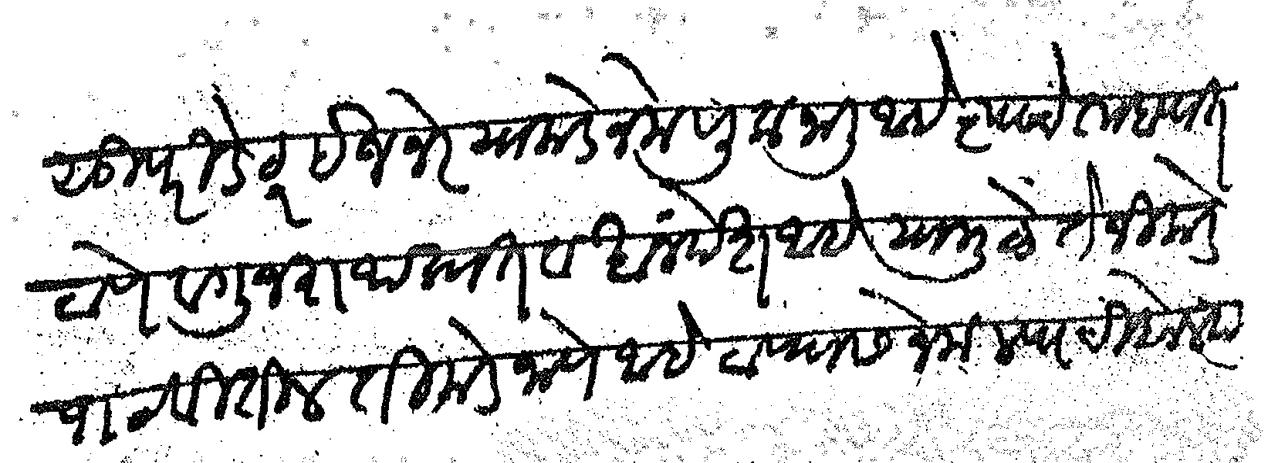
Transliteration (Devanagari): सुपरिडेटर इजनेर याकडे नेमणूक जाली आहे त्याचे ताब्यात ठाणे व गुजराथ प्रात व खांनदेश आहे यामुळे ते जिकडे पाठवितील तिकडे जाणे आहे ठाण्यास नेमल्याची बोलला